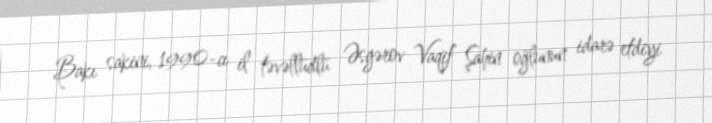
Bakı sakini, 1990-cı il təvəllüdlü Əsgərov Vaqif Şahin oğlunun idarə etdiyi